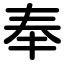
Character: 奉